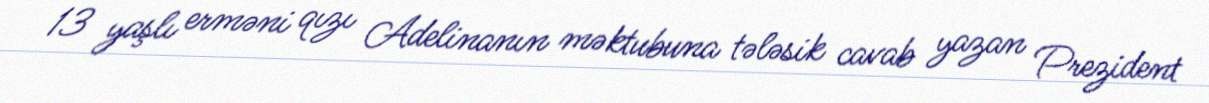
13 yaşlı erməni qızı Adelinanın məktubuna tələsik cavab yazan Prezident